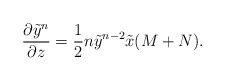
\begin{align*}{\partial\tilde y^{n}\over\partial z}={1\over 2}n\tilde y^{n-2}\tilde x (M+N).\end{align*}